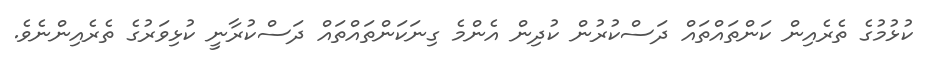
ކުޅުމުގެ ތެރެއިން ކަންތައްތައް ދަސްކުރުން ކުދިން އެންމެ ގިނަކަންތައްތައް ދަސްކުރާނީ ކުޅިވަރުގެ ތެރެއިންނެވެ.